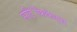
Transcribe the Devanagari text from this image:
सटि॔फिकेट्स